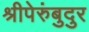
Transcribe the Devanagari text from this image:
श्रीपेरुंबुदुर